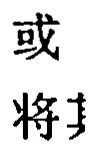
或

将其